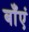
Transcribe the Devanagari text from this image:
बाँएं